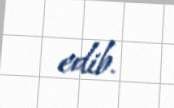
edib.